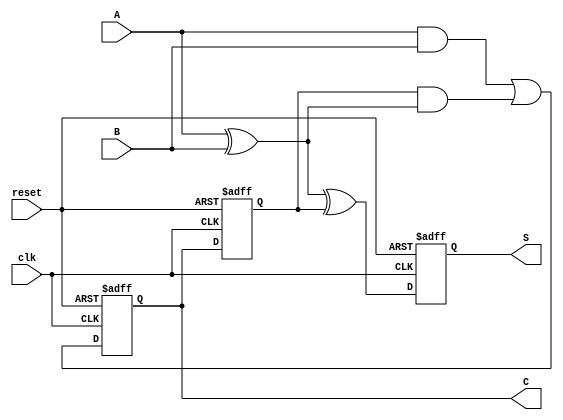
module sequential_half_adder (
    input wire clk,      // Clock signal
    input wire reset,    // Reset signal
    input wire A,        // First input bit
    input wire B,        // Second input bit
    output reg S,        // Sum output
    output reg C         // Carry output
);

// Internal registers to store the previous sum and carry
reg prev_sum;
reg prev_carry;

always @(posedge clk or posedge reset) begin
    if (reset) begin
        // Reset the stored values to zero
        prev_sum <= 1'b0;
        prev_carry <= 1'b0;
        S <= 1'b0;
        C <= 1'b0;
    end else begin
        // Calculate current sum and carry
        S <= A ^ B ^ prev_carry; // Sum: XOR of A, B, and previous carry
        C <= (A & B) | (prev_carry & (A ^ B)); // Carry: AND of A and B, or carry with XOR of A and B
        
        // Store the current sum and carry for the next clock cycle
        prev_sum <= S;
        prev_carry <= C;
    end
end

endmodule